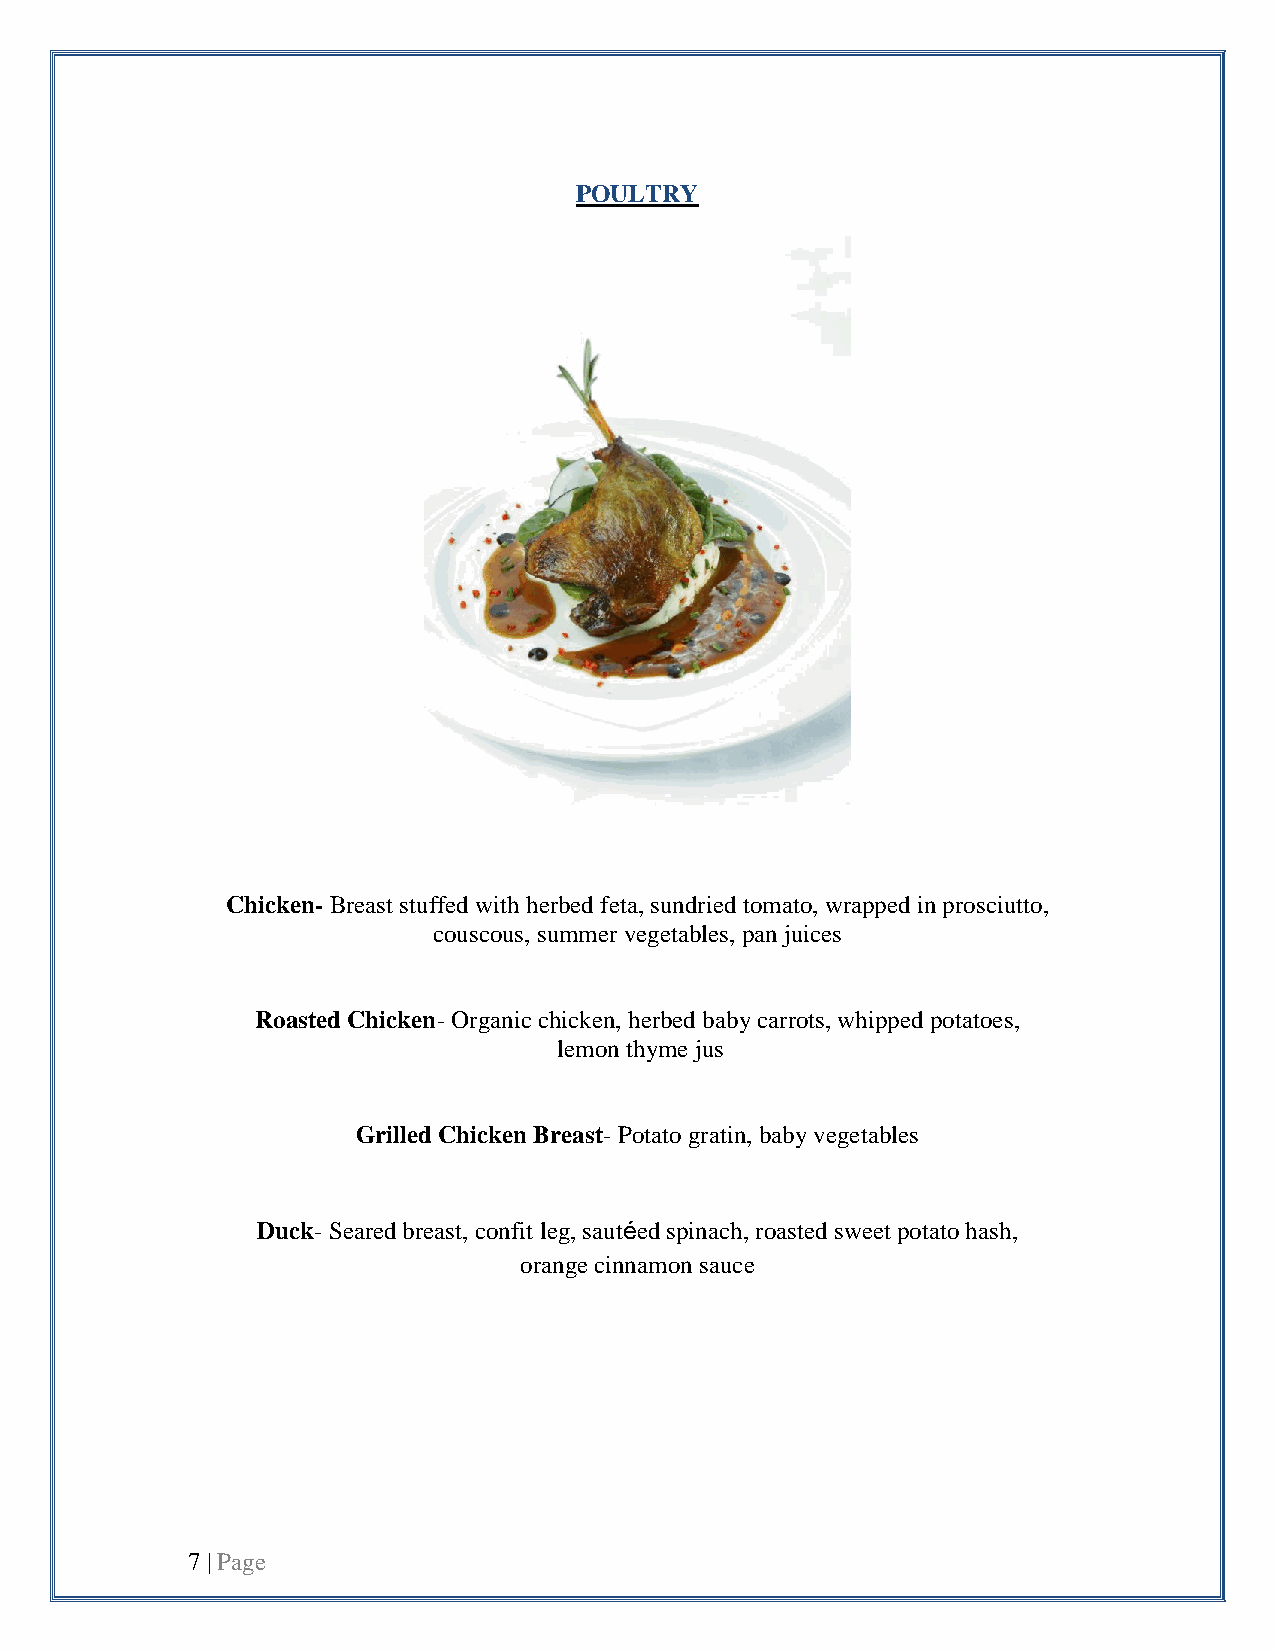
POULTRY
 Chicken- Breast stuffed with herbed feta, sundried tomato, wrapped in prosciutto,
 couscous, summer vegetables, pan juices
 Roasted Chicken- Organic chicken, herbed baby carrots, whipped potatoes,
 lemon thyme jus
 Grilled Chicken Breast- Potato gratin, baby vegetables
 Duck- Seared breast, confit leg, sautéed spinach, roasted sweet potato hash,
 orange cinnamon sauce
 7 | Page